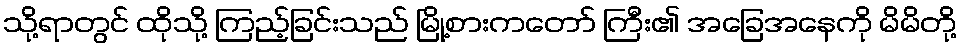
သို့ရာတွင် ထိုသို့ ကြည့်ခြင်းသည် မြို့စားကတော် ကြီး၏ အခြေအနေကို မိမိတို့